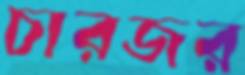
চারজর